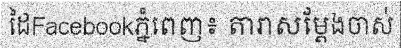
ដៃFacebookភ្នំពេញ៖ តារាសម្តែងចាស់